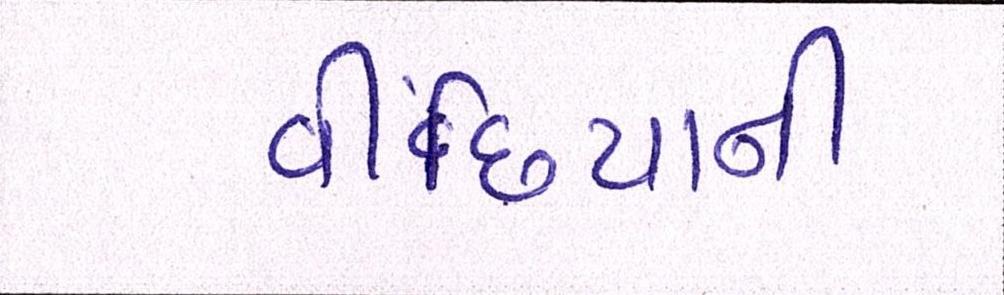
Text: વીંછિયાની